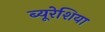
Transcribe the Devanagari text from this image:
ब्यूरेशिया